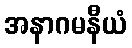
အနာဂမနီယံ